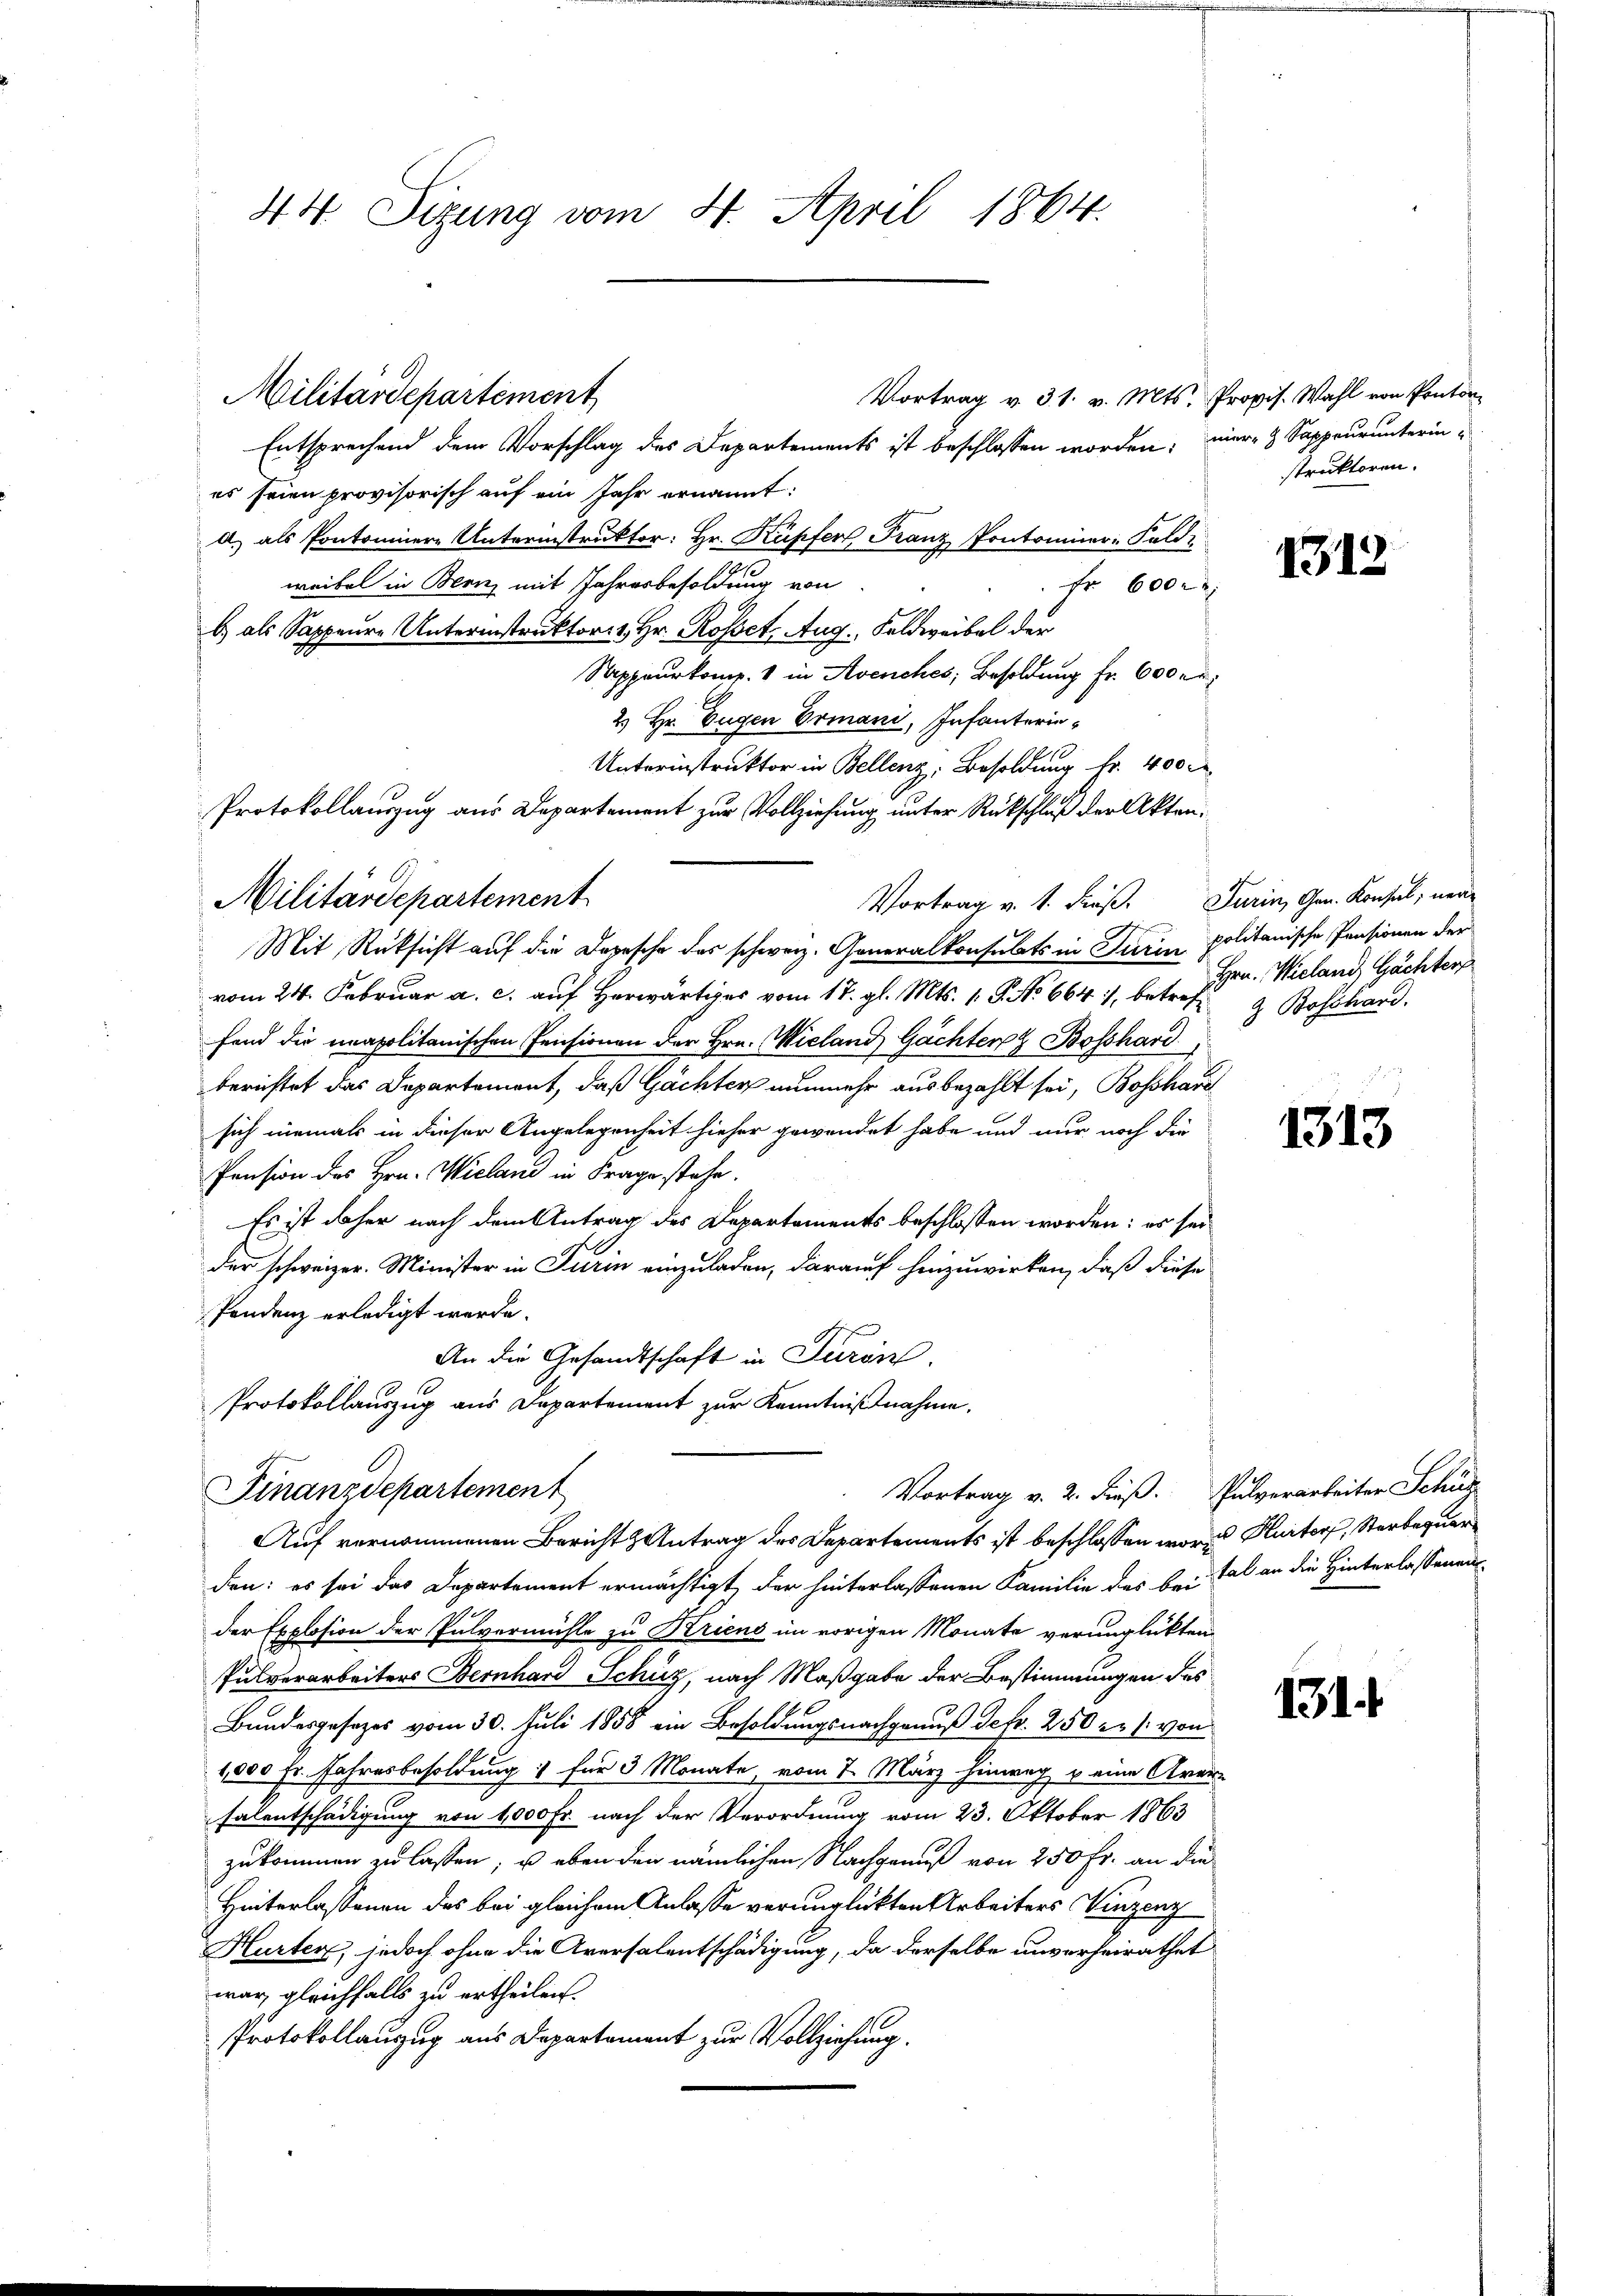
44 Sizung vom 4. April 1864.

Entsprechend dem Vorschlag des Departements ist beschlossen worden; vier- & Sappeurunterines seien provisorisch auf ein Jahr ernannt:
A. als Pontoniere Unterinstruktor: Hr. Kupfer, Franz Pontominer: Feld-
weibel in Bern mit Jahresbesoldung von
Fr. 600 r
b) als Sappeure Unterinstruktor Hr. Rosset, Aug. Feldweibel der
Sappeurkomp. 1 in Avenches, Besoldung fr. 600 er
2) Hr. Eugen Ermani, Infanterin¬
Mit Rücksicht auf die Depesche des schweiz. Generalkonsulats in Turin politanische Pensionen der
vom 24. Februar a. c. auf Herwärtiges vom 17. gl. Mts. 1. P. No 664, betreffand die unapolitanischen Pensionen der Hrn. Wieland Gächten Bosshard,
berichtet das Departemont, daß Gachter nunmehr ausbezahlt sei, Bosshaus
sich niemals in dieser Angelegenheit hieher gewendet habe und nur noch die
Pension des Hrn. Wieland in Frage stehe.
Es ist daher nach dem Antrag des Departements beschlossen worden: es sei
der schweizer. Minister in Turin einzuladen, darauf hinzuwirken, daß diese
Pendenz erledigt werde.
An die Gesandtschaft in Turin.
Protokollauszug aus Departement zur Kenntnißnahme.

Militärdepartement

Unterinstruktor in Bellenz, Besoldung Nr. 400
Protokollauszug aus Departement zur Vollziehung unter Rückschluß der Akten¬
Militärdepartement

Vortrag v. 1. dieß. Turin, Gen. Konsul, neue

Vortrag v. 2. dieß. Pulverarbeiter Schus
Finanzdepartement
Auf vernommenen Bericht Antrag des Departements ist beschlossen worden Hurter, Sterbequar

Vortrag v. 31. v. Mts. Propis. Wahl von Ponton¬

struktoren.

den: es sei das Departement ermächtigt, der hinterlassenen Familie des bei Tal an die Hinterlassenen
der Explosion der Pulvermühle zu Kriens im vorigen Monate verunglückten
Pulverarbeiters Bernhard Schüz, nach Maßgabe der Bestimmungen des
Bundesgesetzes vom 30. Juli 1858 ein Besoldungsnachgenuß defr. 250 er /: von
1,000 Fr. Jahresbesoldung für 3 Monate, vom 7. März hinweg u eine Aver-
salentschädigung von 1,000 Fr. nach der Verordnung vom 23. Oktober 1863
zukommen zu lassen, u eben den nämlichen Nachgenuß von 250 Fr. an die
Hinterlassenen des bei gleichem Anlasse verunglückten Arbeiters Vinzenz
Hurter, jedoch ohne die Aversalentschädigung, da derselbe unverheirathet
war, gleichfalls zu ertheilen.
Protokollanzug aus Departement zur Vollziehung.

1312

Hrn. Wielani Gächter
 Bosshard.

1313

1314